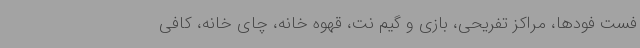
فست فودها، مراکز تفریحی، بازی و گیم نت، قهوه خانه، چای خانه، کافی